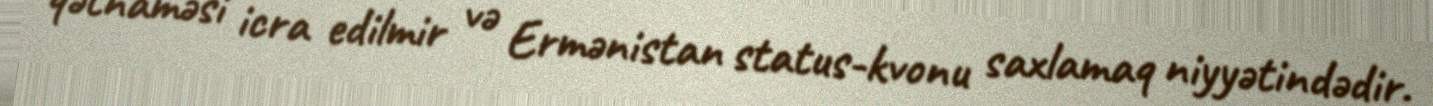
qətnaməsi icra edilmir və Ermənistan status-kvonu saxlamaq niyyətindədir.